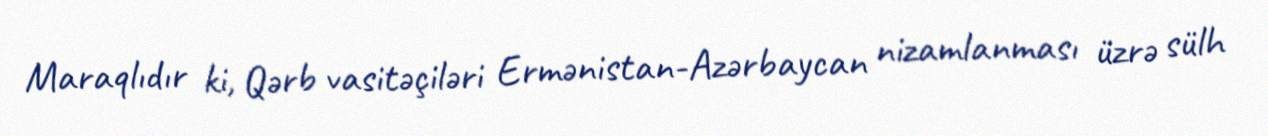
Maraqlıdır ki, Qərb vasitəçiləri Ermənistan-Azərbaycan nizamlanması üzrə sülh